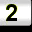
Digit: 2